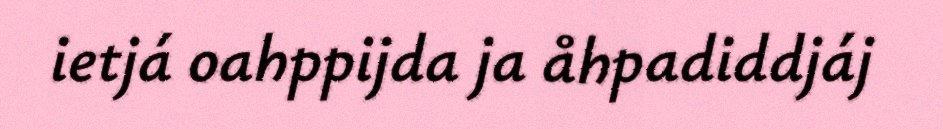
ietjá oahppijda ja åhpadiddjáj